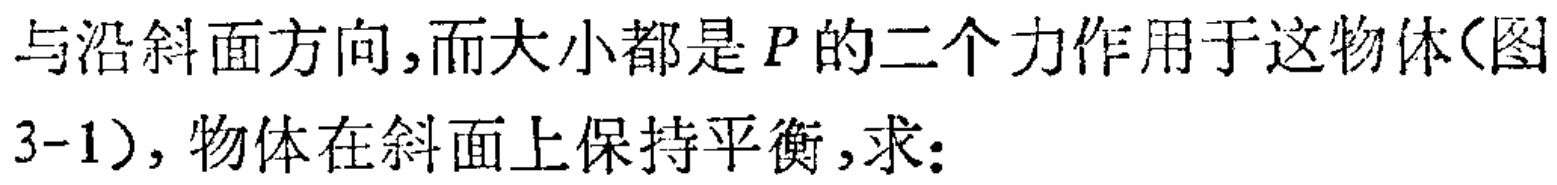
与沿斜面方向,而大小都是\(P\)的二个力作用于这物体(图3-1), 物体在斜面上保持平衡,求: